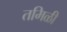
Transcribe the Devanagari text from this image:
तमिळी